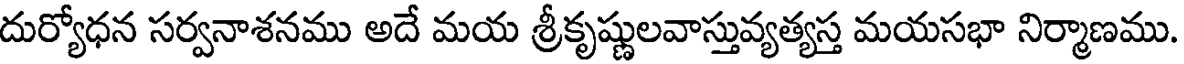
దుర్యోధన సర్వనాశనము అదే మయ శ్రీకృష్ణులవాస్తువ్యత్యస్త మయసభా నిర్మాణము.